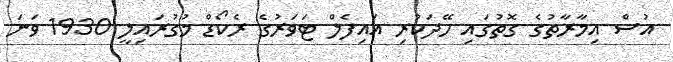
އުސް އިމާރާތުގެ ގޮތުގައި ހޭދަކުރި އައިފެލް ޓަވަރުގެ ރެކޯޑް މުގުރައިލީ 1930 ވަނަ